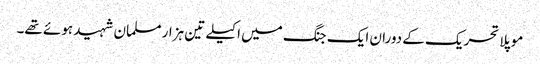
موپلا تحریک کے دوران ایک جنگ میں اکیلے تین ہزار مسلمان شہید ہوئے تھے۔